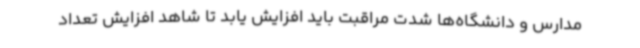
مدارس و دانشگاه‌ها شدت مراقبت باید افزایش یابد تا شاهد افزایش تعداد